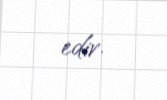
edir.